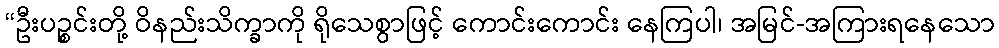
“ဦးပဉ္စင်းတို့ ဝိနည်းသိက္ခာကို ရိုသေစွာဖြင့် ကောင်းကောင်း နေကြပါ၊ အမြင်-အကြားရနေသော